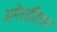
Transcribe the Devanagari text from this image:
अमेरइंडियन